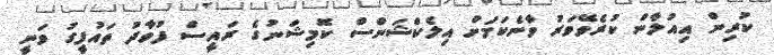
ކުރިން އިއުލާން ކުރެވޭވަރު ވާނެކަމަށް އިލެކްޝަންސް ކޮމިޝަނުގެ ރައީސް ފުވާދު ތައުފީގު ވަނީ